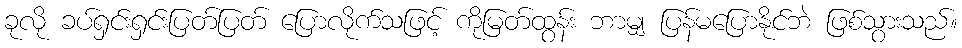
ခုလို ခပ်ရှင်းရှင်းပြတ်ပြတ် ပြောလိုက်သဖြင့် ကိုမြတ်ထွန်း ဘာမျှ ပြန်မပြောနိုင်ဘဲ ဖြစ်သွားသည်။